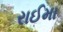
રાઈમા